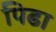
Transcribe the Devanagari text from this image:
पिढा